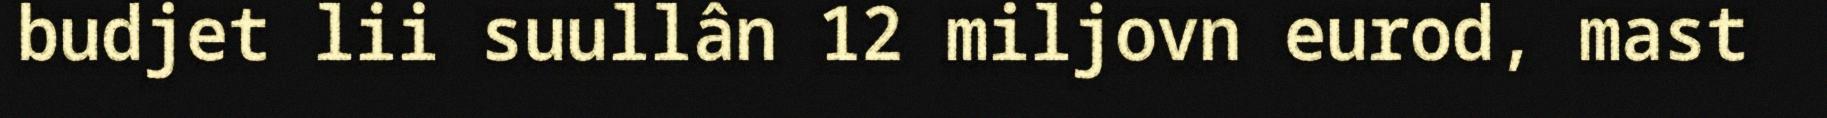
budjet lii suullân 12 miljovn eurod, mast